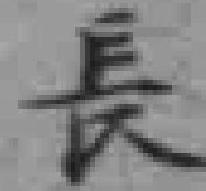
長